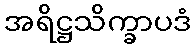
အရိဋ္ဌသိက္ခာပဒံ